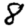
Digit: 8